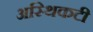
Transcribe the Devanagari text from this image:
अस्थिकटी